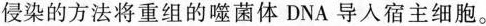
侵染的方法将重组的噬菌体DNA导人宿主细胞。